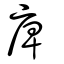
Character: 庳